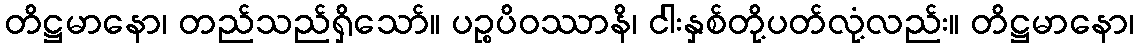
တိဋ္ဌမာနော၊ တည်သည်ရှိသော်။ ပဉ္စပိဝဿာနိ၊ ငါးနှစ်တို့ပတ်လုံ့လည်း။ တိဋ္ဌမာနော၊